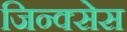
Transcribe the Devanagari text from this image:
जिन्क्सेस